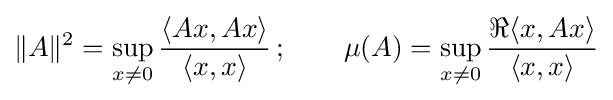
\|A\|^{2}=\sup _{x\neq 0}{\frac {\langle Ax,Ax\rangle }{\langle x,x\rangle }}\,;\qquad \mu (A)=\sup _{x\neq 0}{\frac {\Re \langle x,Ax\rangle }{\langle x,x\rangle }}